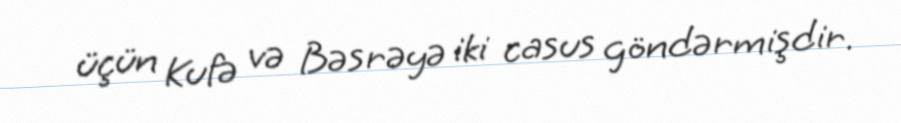
üçün Kufə və Bəsrəyə iki casus göndərmişdir.